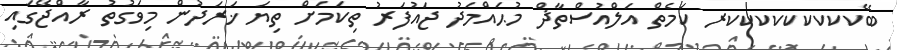
ބޭކކކކކކކކކރ ކަމެތް އަލްއުސްތާޛް މުޙައްމަދު ޖައުފަރު ތިކަމަށް ތިޔަ ޚަރަދުން މިވަގުތު ރާއްޖޭގައި